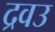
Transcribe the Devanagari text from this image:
द्रवउ